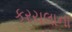
કરચલાના